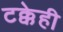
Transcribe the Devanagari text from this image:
टक्केही